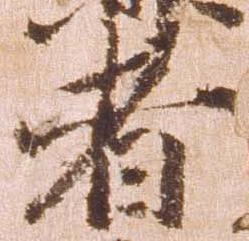
者